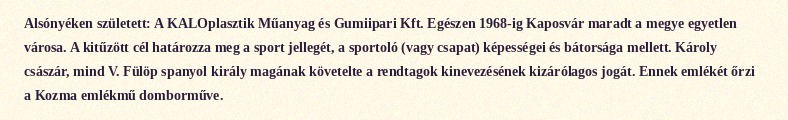
Alsónyéken született: A KALOplasztik Műanyag és Gumiipari Kft. Egészen 1968-ig Kaposvár maradt a megye egyetlen városa. A kitűzött cél határozza meg a sport jellegét, a sportoló (vagy csapat) képességei és bátorsága mellett. Károly császár, mind V. Fülöp spanyol király magának követelte a rendtagok kinevezésének kizárólagos jogát. Ennek emlékét őrzi a Kozma emlékmű domborműve.